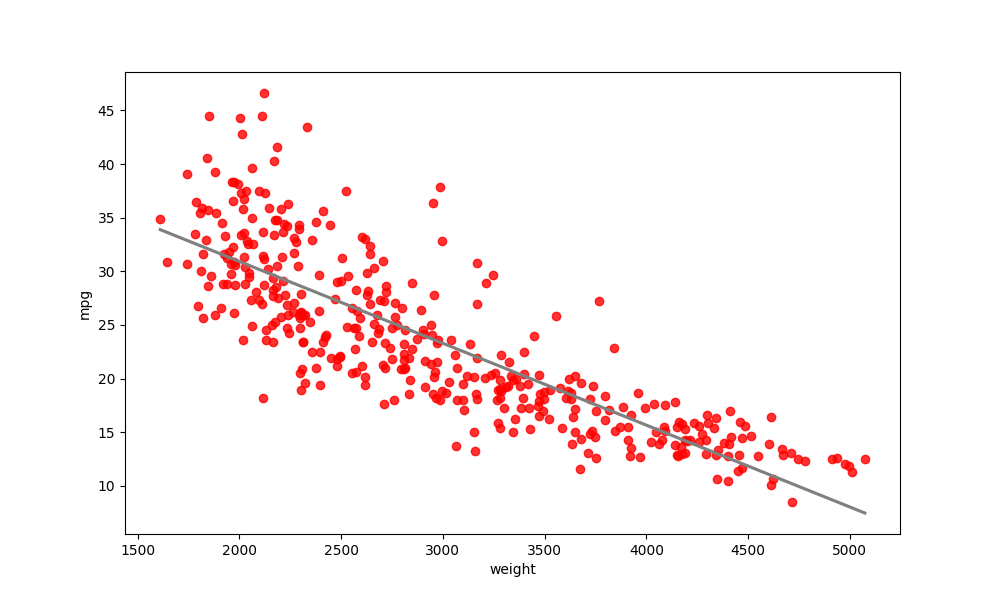
python, seaborn, regplot, order=1, ci=None, scatter_color=red, line_color=gray